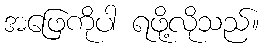
အဖြေကိုပါ ရဖို့လိုသည်။